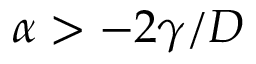
\alpha > - 2 \gamma / D